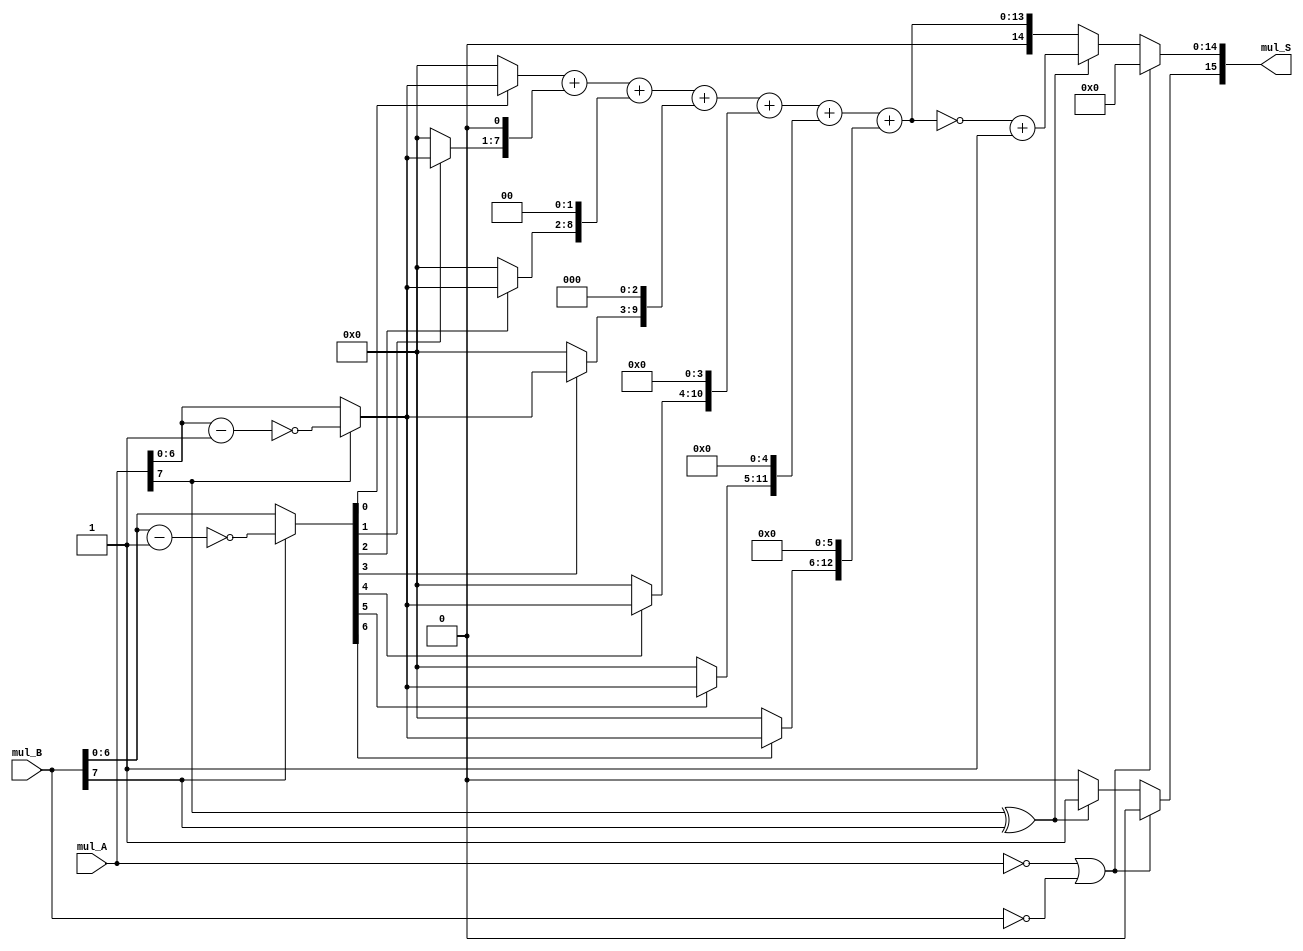
module    multiply
(
    input signed[7:0]   mul_A,
    input signed[7:0]   mul_B,
    
    output signed [15:0] mul_S
);

wire  [7:0]  x1;
wire  [7:0]  x2;
wire  [7:0]  x3;
wire  [7:0]  x4;
wire  [7:0]  x5;
wire  [7:0]  x6;
wire  [7:0]  x7;

wire  [7:0]  xa;
wire  [7:0]  xb;

assign    xa =mul_A[7] ? ~(mul_A[6:0]-1'b1) : mul_A[6:0];  
assign    xb =mul_B[7] ? ~(mul_B[6:0]-1'b1) : mul_B[6:0];  

wire  [14:0]  s2;
wire  [14:0]  s3;
wire  [14:0]  s4;
wire  [14:0]  s5;
wire  [14:0]  s6;
wire  [14:0]  s7;

assign    x1 = xb[0] ? xa[6:0] : 1'b0;
assign    x2 = xb[1] ? xa[6:0] : 1'b0;
assign    x3 = xb[2] ? xa[6:0] : 1'b0;
assign    x4 = xb[3] ? xa[6:0] : 1'b0;
assign    x5 = xb[4] ? xa[6:0] : 1'b0;
assign    x6 = xb[5] ? xa[6:0] : 1'b0;
assign    x7 = xb[6] ? xa[6:0] : 1'b0;



assign    s2 = {x2[6:0], 1'b0};
assign    s3 = {x3[6:0], 2'b0};
assign    s4 = {x4[6:0], 3'b0};
assign    s5 = {x5[6:0], 4'b0};
assign    s6 = {x6[6:0], 5'b0};
assign    s7 = {x7[6:0], 6'b0};

assign    mul_S[14:0]=((mul_A==0)||(mul_B==0))?15'd0:((mul_A[7]^mul_B[7]) ?(~(x1+s2+s3+s4+s5+s6+s7)+1'b1) :(x1+s2+s3+s4+s5+s6+s7));                
assign    mul_S[15] =((mul_A==0)||(mul_B==0))?(1'b0):((mul_A[7]^mul_B[7]) ? 1 :0);

endmodule